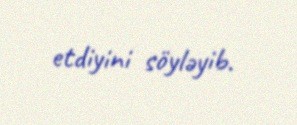
etdiyini söyləyib.